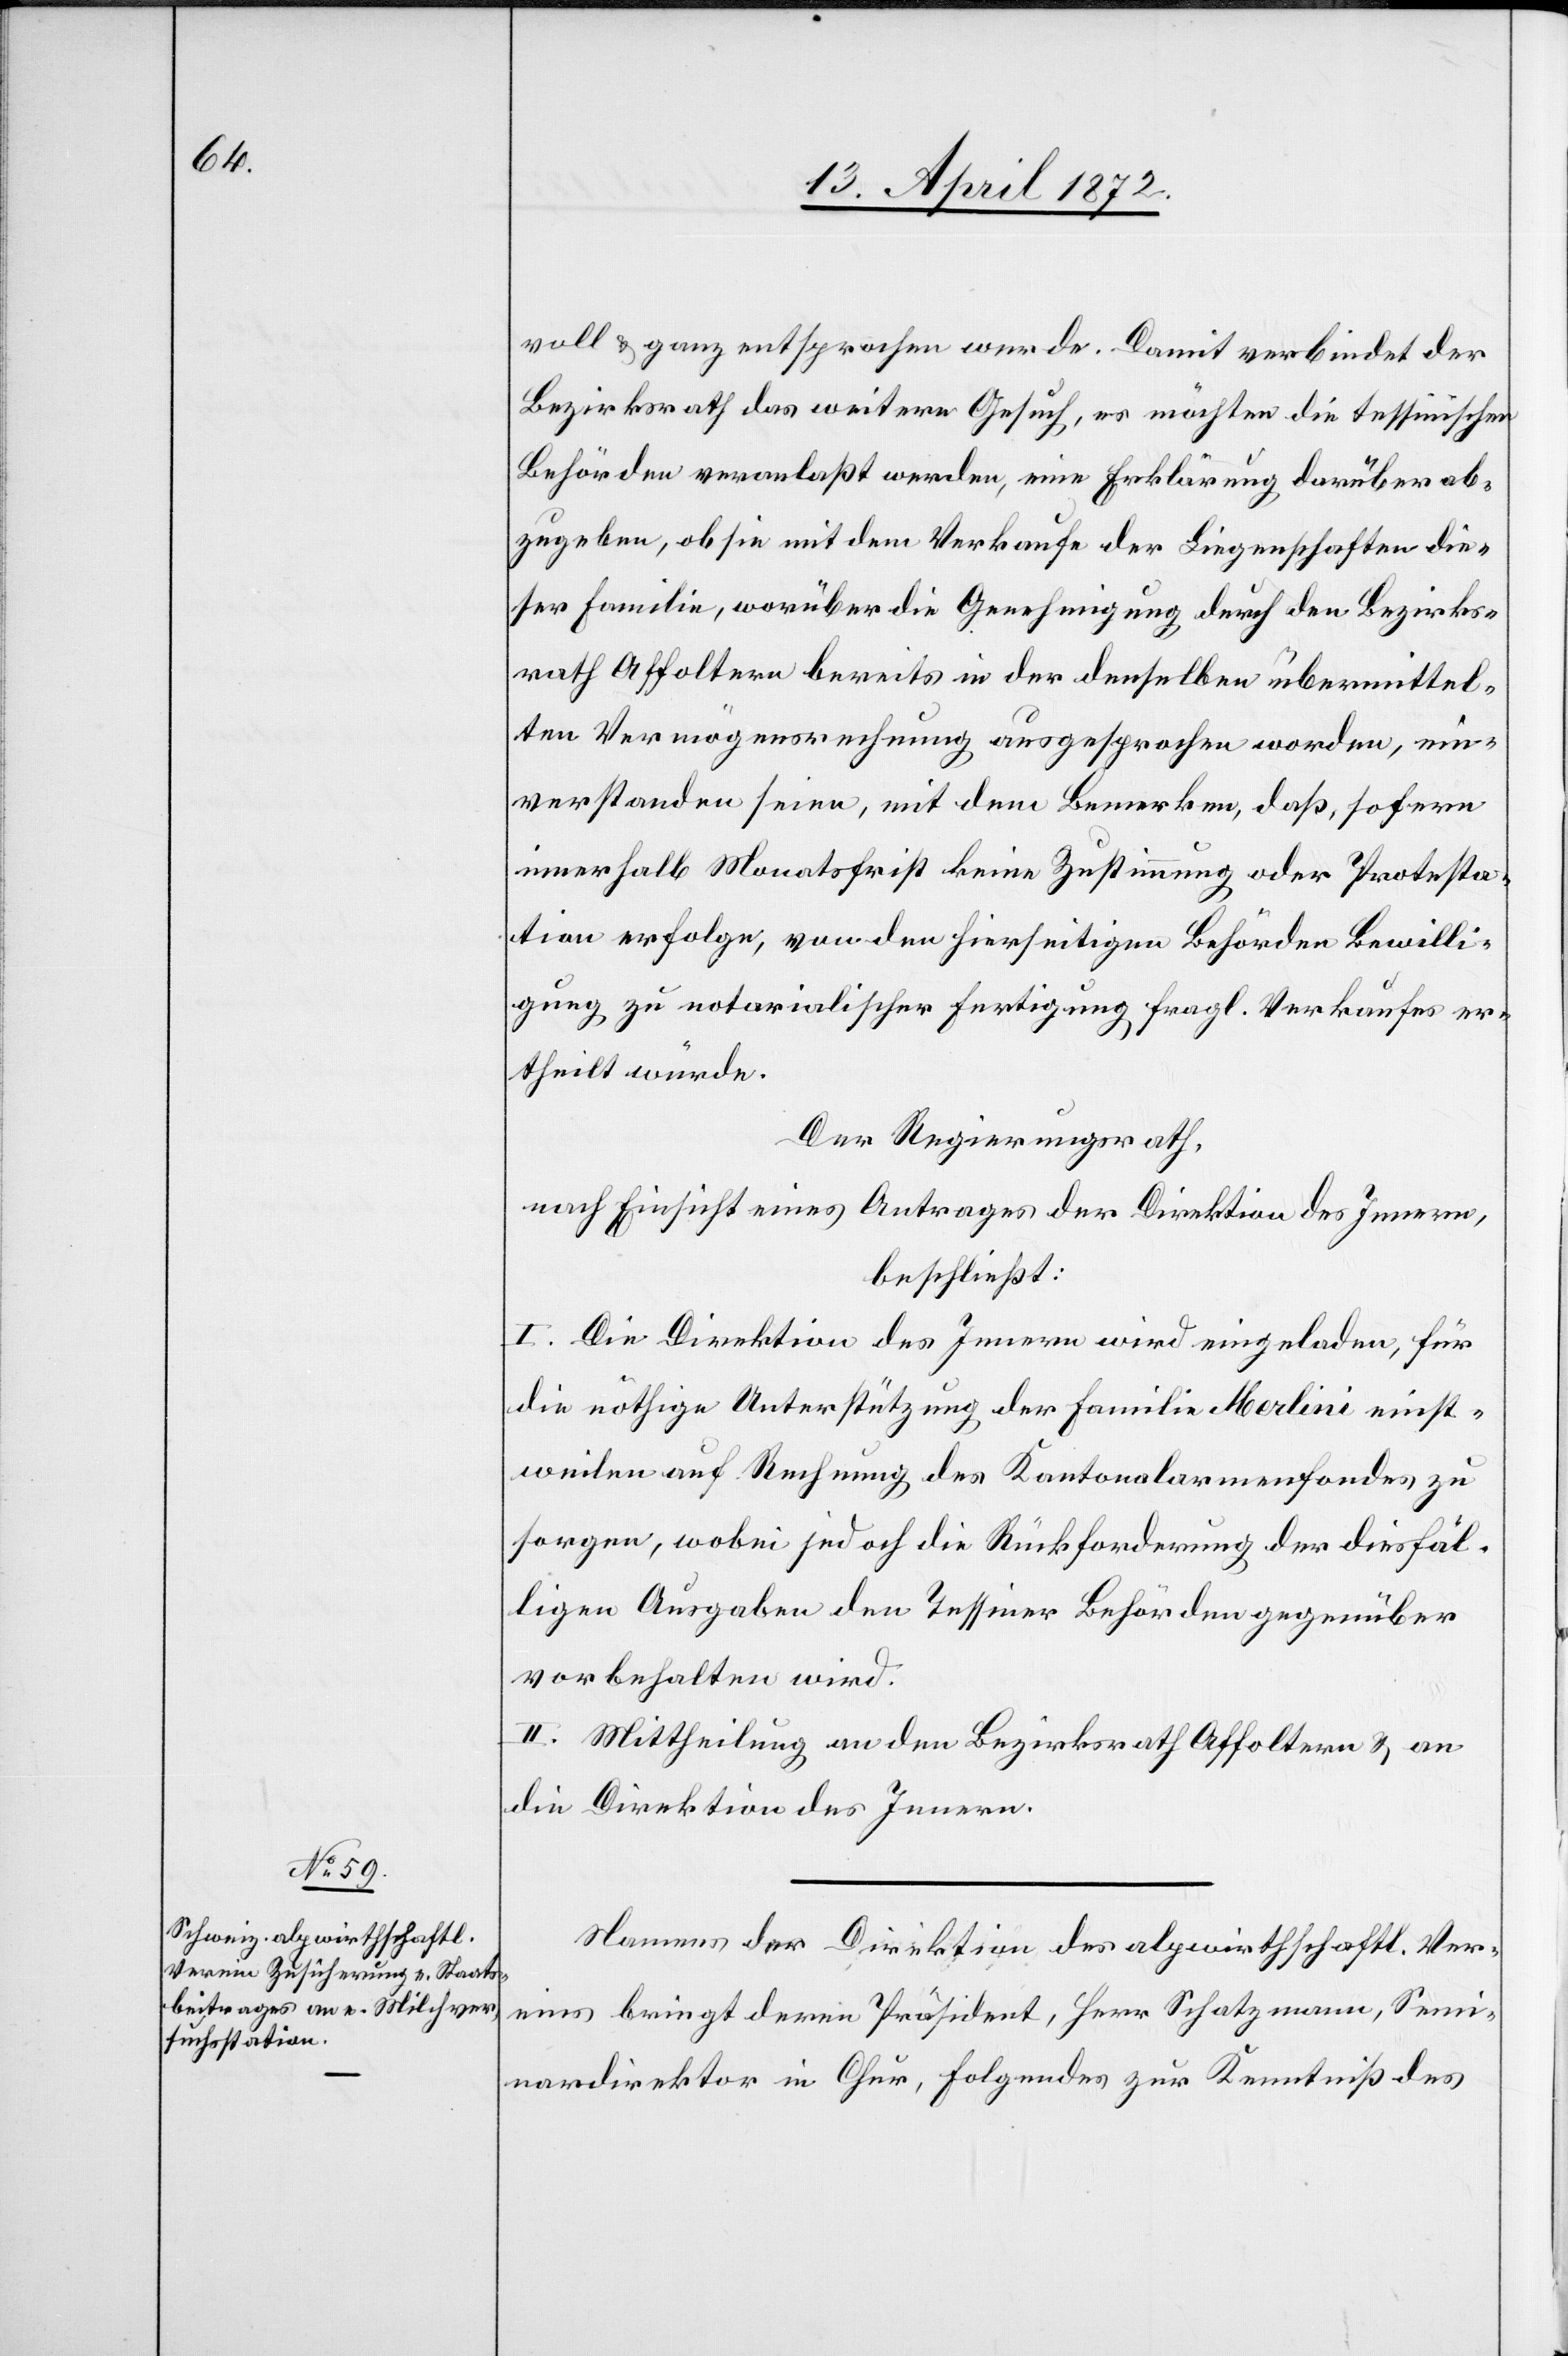
voll u. ganz entsprochen werde. Damit verbindet der
Bezirksrath das weitere Gesuch, es möchten die tessinischen
Behörden veranlaßt werden, eine Erklärung darüber ab¬
zugeben, ob sie mit dem Verkaufe der Liegenschaften die¬
ser Familie, worüber die Genehmigung durch den Bezirks¬
rath Affoltern bereits in der denselben übermittel¬
ten Vermögensrechnung ausgesprochen worden, ein¬
verstanden seien, mit dem Bemerken, daß, sofern
innerhalb Monatsfrist keine Zustimmung oder Protesta¬
ktion erfolge, von den hierseitigen Behörden Bewilli¬
gung zu notarialischer Fertigung fragl. Verkaufes er¬
theilt würde.
Der Regierungsrath,
nach Einsicht eines Antrages der Direktion des Innern,
beschließt:
I. Die Direktion des Innern wird eingeladen, für
die nöthige Unterstützung der Familie Merlini einst¬
weilen auf Rechnung des Kantonalarmenfondes zu
sorgen, wobei jedoch die Rückforderung der diesfäl¬
ligen Ausgaben den Tessiner Behörden gegenüber
vorbehalten wird.
II. Mittheilung an den Bezirksrath Affoltern u. an
die Direktion des Innern.
Namens der Direktion des alpwirthschaftl. Ver¬
eins bringt deren Präsident, Herr Schatzmann, Semi¬
nardirektor in Chur, Folgendes zur Kenntniß des